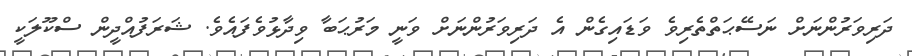
ދަރިވަރުންނަށް ނަސޭޙަތްތެރިވެ ވަޑައިގެން އެ ދަރިވަރުންނަށް ވަނީ މަރުޙަބާ ވިދާޅުވެފައެވެ. ޝަރަފުއްދީން ސްކޫލަކީ